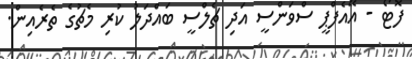
ފޮޓޯ - އޭއެފްޕީ ސްވަންސީ އަދި ޗެލްސީ ބައްދަލު ކުރި މެޗުގެ ތެރެއިން.